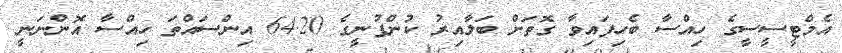
އެމްޓީސީސީގެ ހިއްސާ ބެހިފައިވާ ގޮތަށް ބަލާއިރު ކުންފުނީގެ 64.20 އިންސައްތަ ހިއްސާ އޮންނަނީ